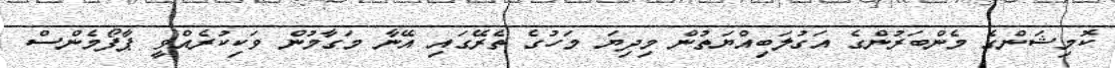
ކޮމިޝަންގެ މެންބަރުންގެ އަގުލަބިއްޔަތުން މިދިޔަ މަހުގެ ތެރޭގައި އޭނާ މަގާމުން ވަކިކުރެއްވީ ޕާފޯމެންސް